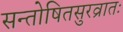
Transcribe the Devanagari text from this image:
सन्तोषितसुरव्रातः